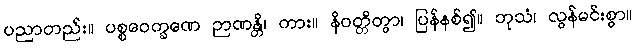
ပညာတည်း။ ပစ္စဝေက္ခဏေ ဉာဏန္တိ၊ ကား။ နိဝတ္တိတွာ၊ ပြန်နစ်၍။ ဘုသံ၊ လွန်မင်းစွာ။